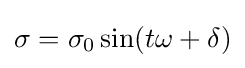
\sigma =\sigma _{0}\sin(t\omega +\delta )